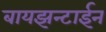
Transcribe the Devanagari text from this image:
बायझन्टाईन